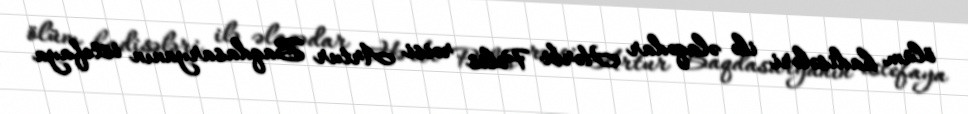
ölüm hadisələri ilə əlaqədar Hərbi Polis rəisi Artur Baqdasaryanın istefaya